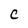
Character: C